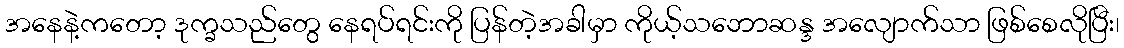
အနေနဲ့ကတော့ ဒုက္ခသည်တွေ နေရပ်ရင်းကို ပြန်တဲ့အခါမှာ ကိုယ့်သဘောဆန္ဒ အလျောက်သာ ဖြစ်စေလိုပြီး၊